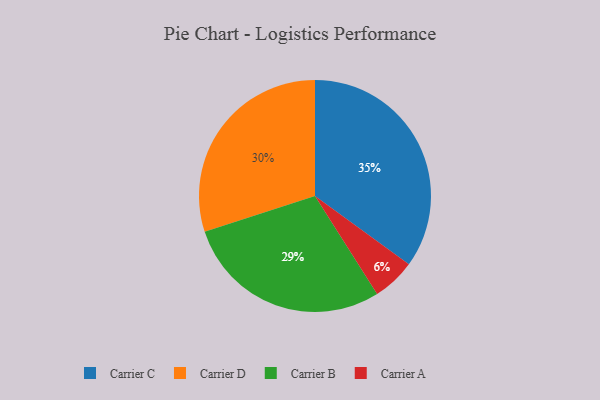
{"axis": {"x": "Category", "y": "Percentage"}, "legend": ["Carrier A", "Carrier B", "Carrier C", "Carrier D"], "data": [{"x": "Carrier A", "y": 6, "type": "Carrier A"}, {"x": "Carrier C", "y": 35, "type": "Carrier C"}, {"x": "Carrier D", "y": 30, "type": "Carrier D"}, {"x": "Carrier B", "y": 29, "type": "Carrier B"}]}